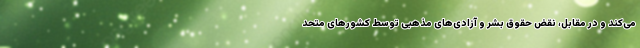
می‌کند و در مقابل، نقض حقوق بشر و آزادی‌های مذهبی توسط کشورهای متحد